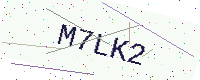
Text: M7LK2